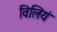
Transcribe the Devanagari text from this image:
विलियं